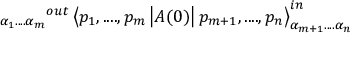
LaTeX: _ { \alpha _ { 1 } . . . . \alpha _ { m } } { } ^ { o u t } \left\langle p _ { 1 } , . . . . , p _ { m } \left| A ( 0 ) \right| p _ { m + 1 } , . . . . , p _ { n } \right\rangle _ { \alpha _ { m + 1 } . . . . \alpha _ { n } } ^ { i n }